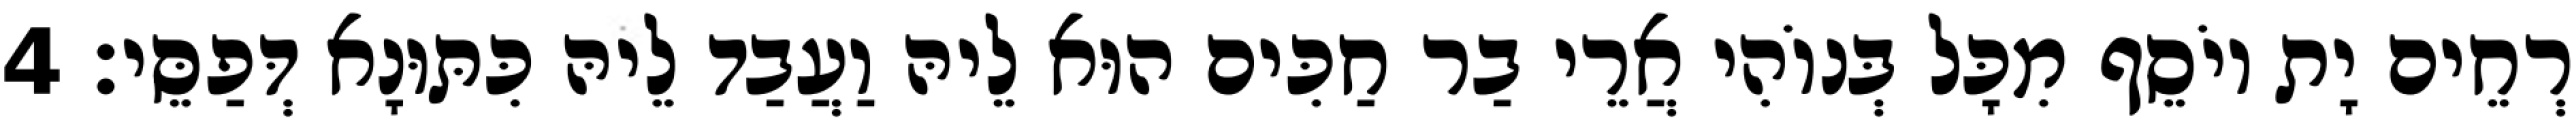
רְחֵים יָת יוֹסֵף מִכָּל בְּנוֹהִי אֲרֵי בַר חַכִּים הוּא לֵיהּ וַעֲבַד לֵיהּ כִּתּוּנָא דְּפַסֵּי׃ 4